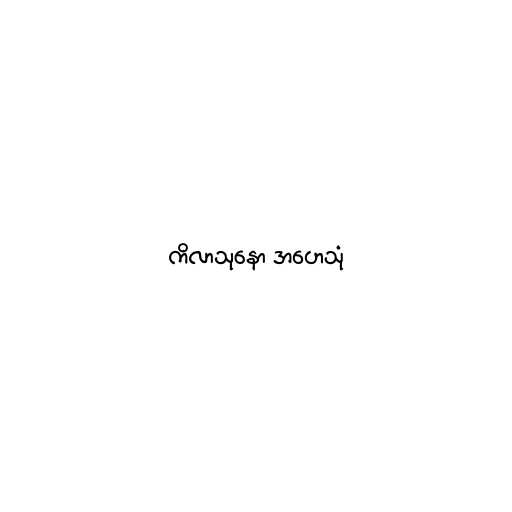
ကိလာသုနော အဟေသုံ